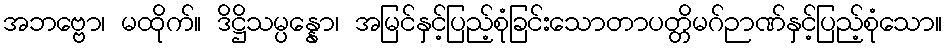
အဘဗ္ဗော၊ မထိုက်။ ဒိဋ္ဌိသမ္ပန္နော၊ အမြင်နှင့်ပြည့်စုံခြင်းသောတာပတ္တိမဂ်ဉာဏ်နှင့်ပြည့်စုံသော။